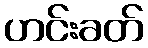
ဟင်းခတ်